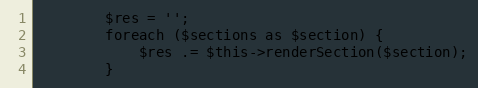
Language: PHP
        $res = '';
        foreach ($sections as $section) {
            $res .= $this->renderSection($section);
        }